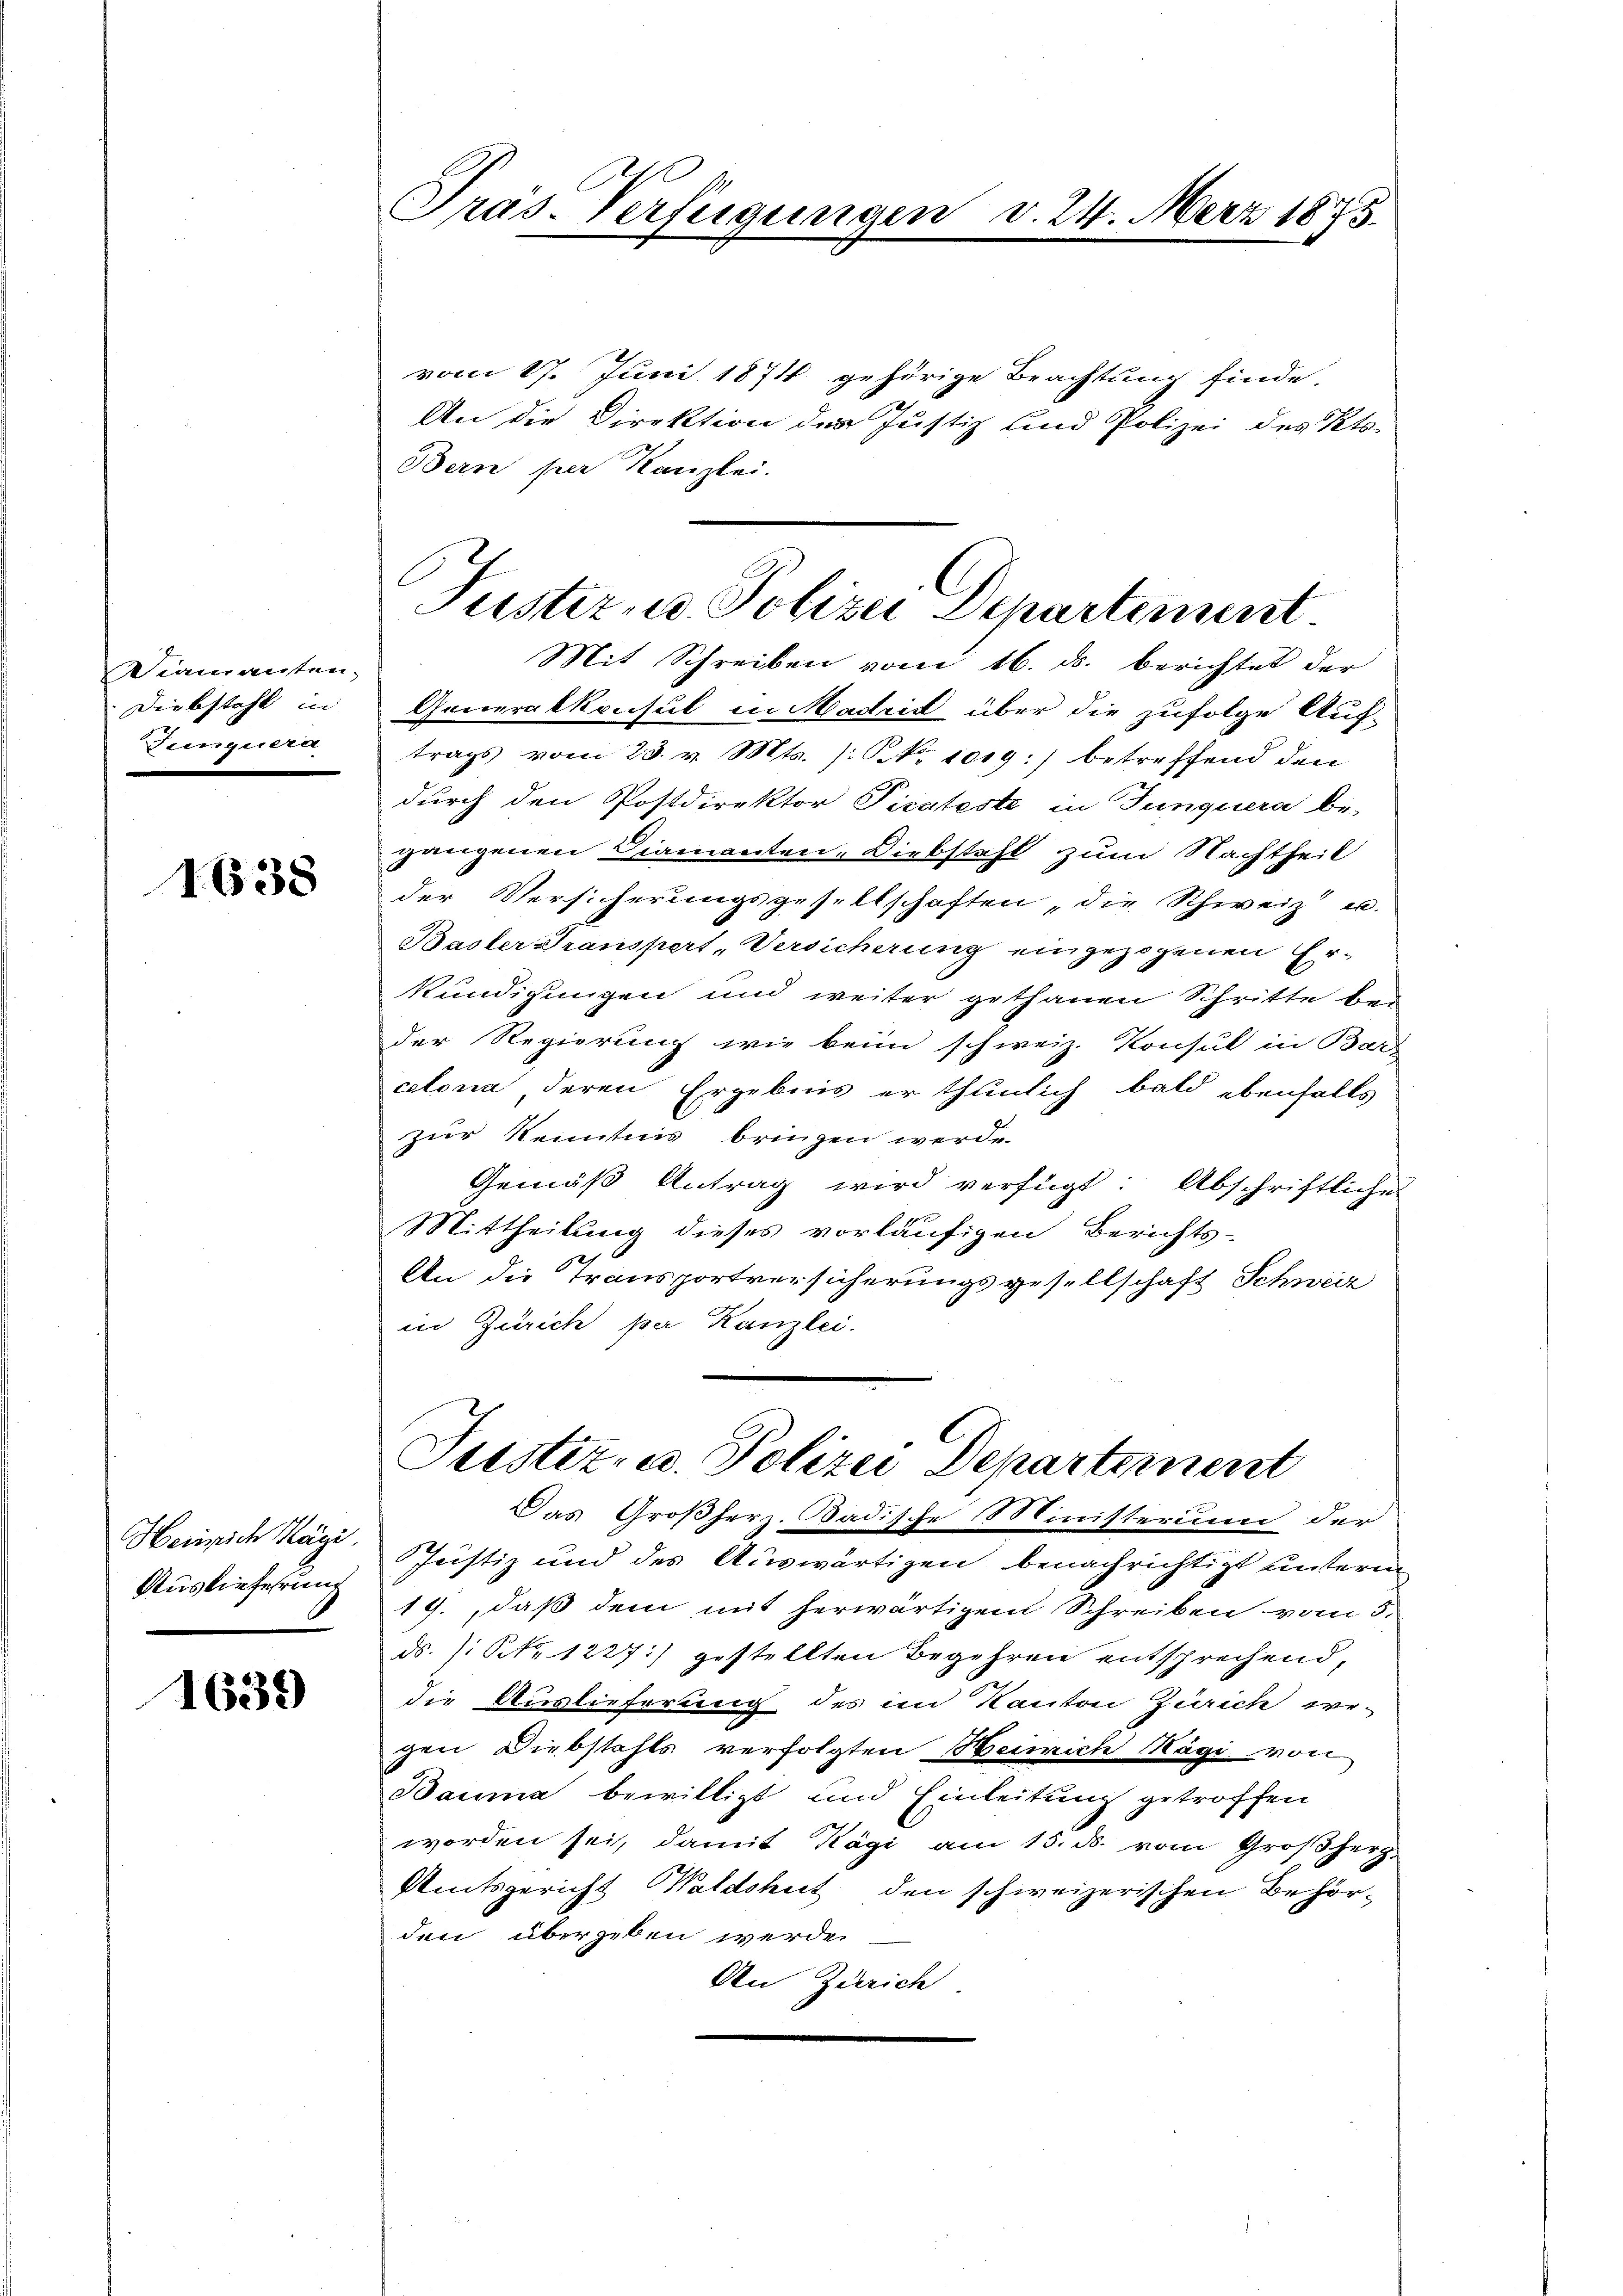
Diamanten.
Diebstahl in
Junquera

1638

Heinrich Kägi
Auslieferung

1639

Pras-Verfügungen

vom 17. Juni 1874 gehörige Beachtung finde,
An die Direktion der Justiz und Polizei des Kts.
Bern per Kanzlei.
Mit Schreiben vom 16. ds. berichtet der
Generalkonsul in Madrid über die zufolge Auftrags vom 23. v. Mts. /: No 1019.) betreffend den
durch den Postdirektor Picateste in Junquera be-
gangenen Diamanten- Diebstahl zum Nachtheil
der Versicherungsgesellschaften die Schweiz u.
Basler Transpert, Versicherung eingezogenen Erkundigungen und weiter gethanen Schritte bei
der Regierung wie beim schweiz. Konsul in Bar
celona, deren Ergebnis er thunlich bald ebenfalls
zur Kenntnis bringen werde.
Gemäß Antrag wird verfügt: Abschriftliche
Mittheilung dieses vorläufigen Berichts-
6
An die Transportversicherungsgesellschaft Schweiz
in Zürich per Kanzlei.
Justiz- u. Polizei Departement
Das Großherz. Badische Ministerum der
Justiz und des Auswärtigen benachrichtigt unterm
19., daß dem mit herwärtigen Schreiben vom 5.
ds. /: Nr 1227:) gestellten Begehren entsprechend,
die Auslieferung des im Kanton Zürich ergen Diebstahls verfolgten Heinrich Kägi von
Bauma bewilligt und Einleitung getroffen
worden sei, damit Kägi am 15. ds. vom Großherz
Amtsgericht Waldshut den schweizerischen Behörden übergeben werde.
An Zürich.

Tuster, u. Polizei Departement

. 24. März 1875.